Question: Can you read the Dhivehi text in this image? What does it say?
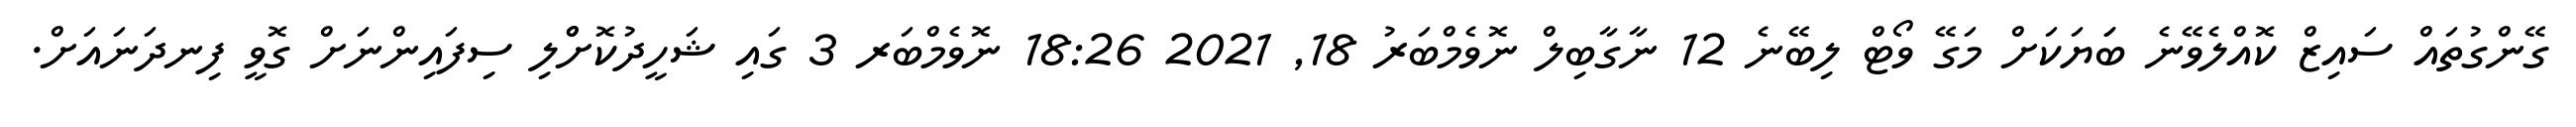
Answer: ގޭންގުތައް ސައިޒް ކޮއްލެވޭނެ ބަަޔަކަށް މަގޭ ވޯޓް ލިބޭނެ 12 ނާގާބިލް ނޮވެމްބަރު 18, 2021 18:26 ނޮވެމްބަރ 3 ގައި ޝަހީދުކޮށްްލި ސިފައިންނަށް ގޮވީ ފިނދަނައަށް.